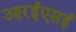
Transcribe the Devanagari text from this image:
आरईएसई